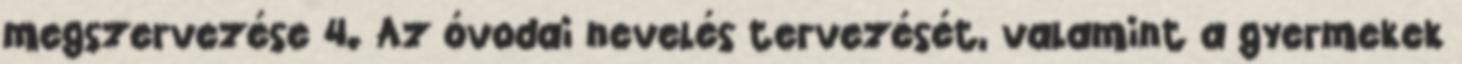
megszervezése 4. Az óvodai nevelés tervezését, valamint a gyermekek